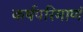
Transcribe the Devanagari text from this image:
कर्षपरिमाणं